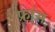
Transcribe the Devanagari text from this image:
फ्रा़ंस